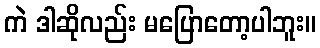
ကဲ ဒါဆိုလည်း မပြောတော့ပါဘူး။